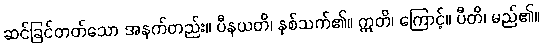
ဆင်ခြင်တတ်သော အနက်တည်း။ ပီနယတိ၊ နှစ်သက်၏။ ဣတိ၊ ကြောင့်။ ပီတိ၊ မည်၏။